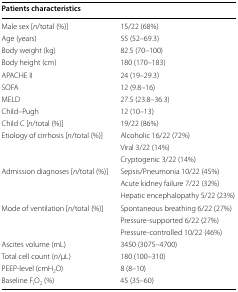
<table><thead><tr><td colspan="2"><b>Patients characteristics</b></td></tr></thead><tbody><tr><td>Male sex [<i>n</i>/total (%)]</td><td>15/22 (68%)</td></tr><tr><td>Age (years)</td><td>55 (52–69.3)</td></tr><tr><td>Body weight (kg)</td><td>82.5 (70–100)</td></tr><tr><td>Body height (cm)</td><td>180 (170–183)</td></tr><tr><td>APACHE II</td><td>24 (19–29.3)</td></tr><tr><td>SOFA</td><td>12 (9.8–16)</td></tr><tr><td>MELD</td><td>27.5 (23.8–36.3)</td></tr><tr><td>Child–Pugh</td><td>12 (10–13)</td></tr><tr><td>Child C [<i>n</i>/total (%)]</td><td>19/22 (86%)</td></tr><tr><td rowspan="3">Etiology of cirrhosis [<i>n</i>/total (%)]</td><td>Alcoholic 16/22 (72%)</td></tr><tr><td>Viral 3/22 (14%)</td></tr><tr><td>Cryptogenic 3/22 (14%)</td></tr><tr><td rowspan="3">Admission diagnoses [<i>n</i>/total (%)]</td><td>Sepsis/Pneumonia 10/22 (45%)</td></tr><tr><td>Acute kidney failure 7/22 (32%)</td></tr><tr><td>Hepatic encephalopathy 5/22 (23%)</td></tr><tr><td rowspan="3">Mode of ventilation [<i>n</i>/total (%)]</td><td>Spontaneous breathing 6/22 (27%)</td></tr><tr><td>Pressure-supported 6/22 (27%)</td></tr><tr><td>Pressure-controlled 10/22 (46%)</td></tr><tr><td>Ascites volume (mL)</td><td>3450 (3075–4700)</td></tr><tr><td>Total cell count (<i>n</i>/μL)</td><td>180 (100–310)</td></tr><tr><td>PEEP-level (cmH<sub>2</sub>O)</td><td>8 (8–10)</td></tr><tr><td>Baseline F<sub>i</sub>O<sub>2</sub> (%)</td><td>45 (35–60)</td></tr></tbody></table>